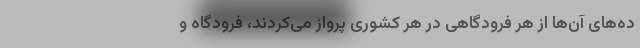
ده‌های آن‌ها از هر فرودگاهی در هر کشوری پرواز می‌کردند، فرودگاه و